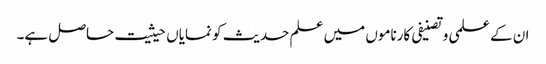
ان کے علمی وتصنیفی کارناموں میں علم حدیث کو نمایاں حیثیت حاصل ہے۔